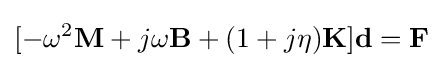
{[-\omega ^{2}\mathbf {M} +j\omega \mathbf {B} +(1+j\eta )\mathbf {K} ]}{\mathbf {d} =\mathbf {F} }